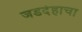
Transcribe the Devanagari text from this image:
जडदेहाचा